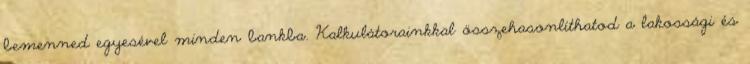
bemenned egyesével minden bankba. Kalkulátorainkkal összehasonlíthatod a lakossági és